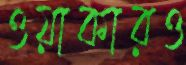
ওয়াকারও